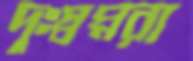
দুঃস্বপ্নরা